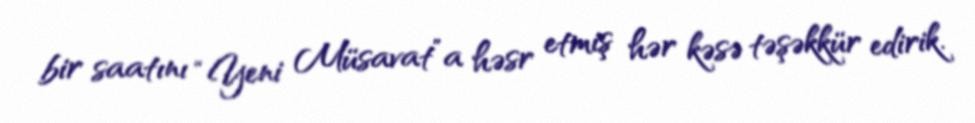
bir saatını “Yeni Müsavat”a həsr etmiş hər kəsə təşəkkür edirik.